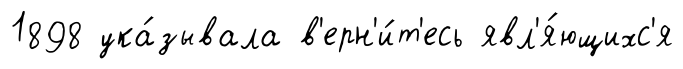
1898 ука́зывала в'ерн'и́т'есь явл'я́ющихс'я